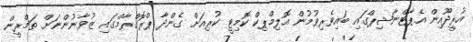
އުރީދޫއިން އެޕާޓްނާޝިޕްގައި ބައިވެރިވުމުން އޮލިމްޕިކް ކޮމިޓީ ކުރިއަށް ގެންދާ ޕްރޮގްރާމްގައި ޒުވާނުންނަށް ތަމްރީން